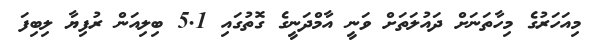
މިއަހަރުގެ މިހާތަނަށް ދައުލަތަށް ވަނީ އާމްދަނީގެ ގޮތުގައި 5.1 ބިލިއަން ރުފިޔާ ލިބިފަ